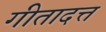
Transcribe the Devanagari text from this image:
गीतादत्त